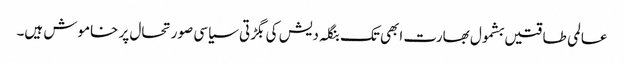
عالمی طاقتیں بشمول بھارت ابھی تک بنگلہ دیش کی بگڑتی سیاسی صورتحال پر خاموش ہیں۔